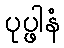
ပုပ္ဖါနံ